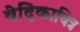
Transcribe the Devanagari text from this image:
वेदिकाचित्र